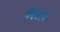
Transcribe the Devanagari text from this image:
मैतर